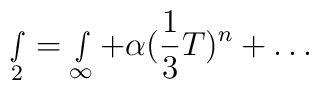
\smallint _2=\smallint _\infty +\alpha ({\frac 13}T)^n+\ldots